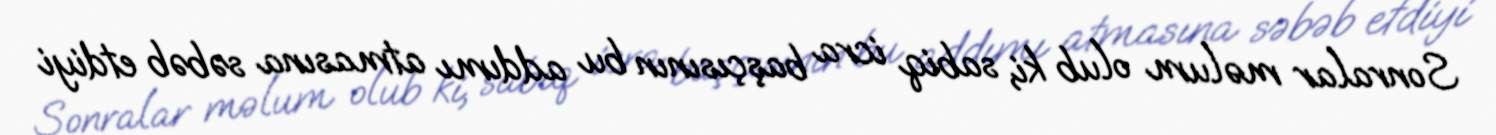
Sonralar məlum olub ki, sabiq icra başçısının bu addımı atmasına səbəb etdiyi